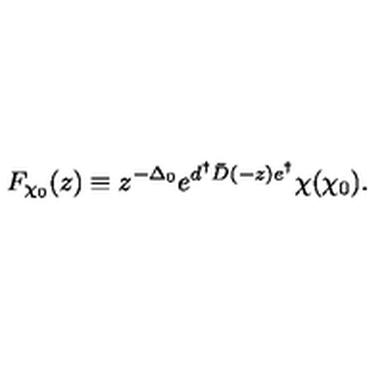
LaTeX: F _ { \chi _ { 0 } } ( z ) \equiv z ^ { - \Delta _ { 0 } } e ^ { d ^ { \dagger } \bar { D } ( - z ) e ^ { \dagger } } \chi ( \chi _ { 0 } ) .